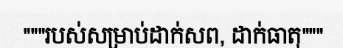
"""របស់សម្រាប់ដាក់សព, ដាក់ធាតុ"""